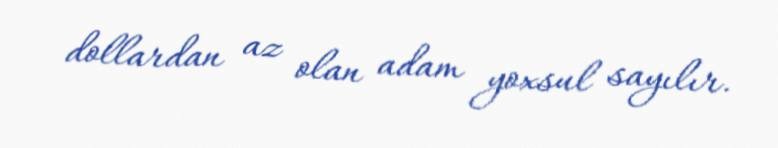
dollardan az olan adam yoxsul sayılır.